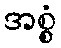
အစ္စံ